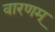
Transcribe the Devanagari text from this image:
वारणम्